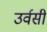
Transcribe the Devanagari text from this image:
उर्वसी